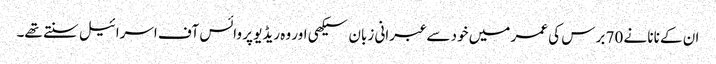
ان کے نانا نے 70 برس کی عمر میں خود سے عبرانی زبان سیکھی اور وہ ریڈیو پر وائس آف اسرائیل سنتے تھے۔